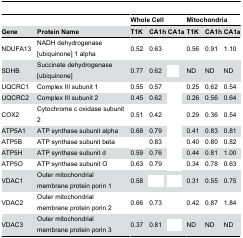
<table><thead><tr><td>[EMPTY_CELL]</td><td>[EMPTY_CELL]</td><td colspan="3"><b>Whole Cell</b></td><td colspan="3"><b>Mitochondria</b></td></tr><tr><td><b>Gene</b></td><td><b>Protein Name</b></td><td><b>T1K</b></td><td><b>CA1h</b></td><td><b>CA1a</b></td><td><b>T1K</b></td><td><b>CA1h</b></td><td><b>CA1a</b></td></tr></thead><tbody><tr><td>NDUFA13</td><td>NADH dehydrogenase [ubiquinone] 1 alpha</td><td>0.52</td><td>0.63</td><td>[EMPTY_CELL]</td><td>0.56</td><td>0.91</td><td>1.10</td></tr><tr><td>SDHB</td><td>Succinate dehydrogenase [ubiquinone]</td><td>0.77</td><td>0.62</td><td>[EMPTY_CELL]</td><td>ND</td><td>ND</td><td>ND</td></tr><tr><td>UQCRC1</td><td>Complex III subunit 1</td><td>0.55</td><td>0.57</td><td>[EMPTY_CELL]</td><td>0.25</td><td>0.62</td><td>0.54</td></tr><tr><td>UQCRC2</td><td>Complex III subunit 2</td><td>0.45</td><td>0.62</td><td>[EMPTY_CELL]</td><td>0.26</td><td>0.56</td><td>0.64</td></tr><tr><td>COX2</td><td>Cytochrome c oxidase subunit 2</td><td>0.51</td><td>0.42</td><td>[EMPTY_CELL]</td><td>0.29</td><td>0.36</td><td>0.54</td></tr><tr><td>ATP5A1</td><td>ATP synthase subunit alpha</td><td>0.68</td><td>0.79</td><td>[EMPTY_CELL]</td><td>0.41</td><td>0.83</td><td>0.81</td></tr><tr><td>ATP5B</td><td>ATP synthase subunit beta</td><td>[EMPTY_CELL]</td><td>0.83</td><td>[EMPTY_CELL]</td><td>0.40</td><td>0.80</td><td>0.82</td></tr><tr><td>ATP5H</td><td>ATP synthase subunit d</td><td>0.59</td><td>0.76</td><td>[EMPTY_CELL]</td><td>0.44</td><td>0.81</td><td>1.00</td></tr><tr><td>ATP5O</td><td>ATP synthase subunit O</td><td>0.63</td><td>0.79</td><td>[EMPTY_CELL]</td><td>0.34</td><td>0.78</td><td>0.63</td></tr><tr><td>VDAC1</td><td>Outer mitochondrial membrane protein porin 1</td><td>0.58</td><td>[EMPTY_CELL]</td><td>[EMPTY_CELL]</td><td>0.31</td><td>0.55</td><td>0.75</td></tr><tr><td>VDAC2</td><td>Outer mitochondrial membrane protein porin 2</td><td>0.66</td><td>0.73</td><td>[EMPTY_CELL]</td><td>0.42</td><td>0.87</td><td>1.84</td></tr><tr><td>VDAC3</td><td>Outer mitochondrial membrane protein porin 3</td><td>0.37</td><td>0.81</td><td>[EMPTY_CELL]</td><td>ND</td><td>ND</td><td>ND</td></tr></tbody></table>